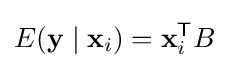
E(\mathbf {y} \mid \mathbf {x} _{i})=\mathbf {x} _{i}^{\mathsf {T}}B